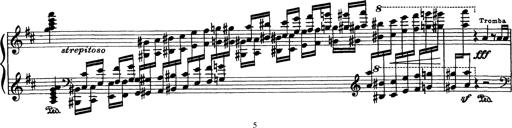
Title: PhantasiestÃ¼ck Ã¼ber Motive aus 'Rienzi'
Composer: Franz Liszt